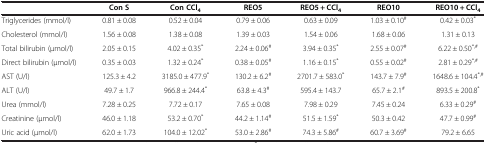
|  | Con S | Con CCl4 | REO5 | REO5 + CCl4 | REO10 | REO10 + CCl4 |
 | --- | --- | --- | --- | --- | --- | --- |
 | Triglycerides (mmol/l) | 0.81 ± 0.08 | 0.52 ± 0.04 | 0.79 ± 0.06 | 0.63 ± 0.09 | 1.03 ± 0.10# | 0.42 ± 0.03* |
 | Cholesterol (mmol/l) | 1.56 ± 0.08 | 1.38 ± 0.08 | 1.39 ± 0.03 | 1.54 ± 0.06 | 1.68 ± 0.06 | 1.31 ± 0.13 |
 | Total bilirubin (μmol/l) | 2.05 ± 0.15 | 4.02 ± 0.35* | 2.24 ± 0.06# | 3.94 ± 0.35* | 2.55 ± 0.07# | 6.22 ± 0.50*,# |
 | Direct bilirubin (μmol/l) | 0.35 ± 0.03 | 1.32 ± 0.24* | 0.38 ± 0.05# | 1.16 ± 0.15* | 0.55 ± 0.02# | 2.81 ± 0.29*,# |
 | AST (U/l) | 125.3 ± 4.2 | 3185.0 ± 477.9* | 130.2 ± 6.2# | 2701.7 ± 583.0* | 143.7 ± 7.9# | 1648.6 ± 104.4*,# |
 | ALT (U/l) | 49.7 ± 1.7 | 966.8 ± 244.4* | 63.8 ± 4.3# | 595.4 ± 143.7 | 65.7 ± 2.1# | 893.5 ± 200.8* |
 | Urea (mmol/l) | 7.28 ± 0.25 | 7.72 ± 0.17 | 7.65 ± 0.08 | 7.98 ± 0.29 | 7.45 ± 0.24 | 6.33 ± 0.29# |
 | Creatinine (μmol/l) | 46.0 ± 1.18 | 53.2 ± 0.70* | 44.2 ± 1.14# | 51.5 ± 1.59* | 50.3 ± 0.42 | 47.7 ± 0.99# |
 | Uric acid (μmol/l) | 62.0 ± 1.73 | 104.0 ± 12.02* | 53.0 ± 2.86# | 74.3 ± 5.86# | 60.7 ± 3.69# | 79.2 ± 6.65 |